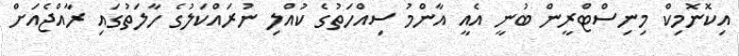
އިކޮނޮމިކް މިނިސްޓްރީން ބުނީ އެއީ އާންމު ސިއްހަތުގެ ކުއްލި ނުރައްކަލުގެ ހާލަތުގައި ރާއްޖެއަށް